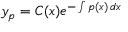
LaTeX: y _ { p } = C ( x ) e ^ { - \int p ( x ) \, d x }